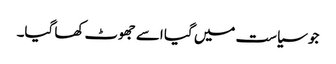
جو سیاست میں گیا اسے جھوٹ کھا گیا۔